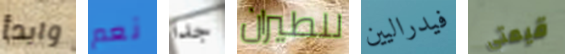
وابدأ نعم جدا للطيران فيدراليين قيمتي